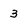
Character: 3